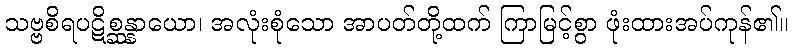
သဗ္ဗစိရပဋိစ္ဆန္နာယော၊ အလုံးစုံသော အာပတ်တို့ထက် ကြာမြင့်စွာ ဖုံးထားအပ်ကုန်၏။